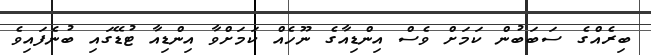
ބިރެއްގެ ސަބަބުން ކަމަށް ވެސް އިންޑިއާގެ ނޫހެއް ކަމަށްވާ އިންޑިއާ ޓުޑޭގައި ބުނެފައިވެ